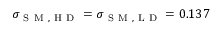
\sigma _ { \mathrm { ~ S ~ M ~ , ~ H ~ D ~ } } = \sigma _ { \mathrm { ~ S ~ M ~ , ~ L ~ D ~ } } = 0 . 1 3 7